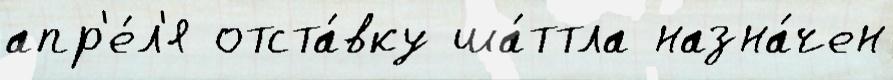
апр'е́л'я отста́вку ша́ттла назна́чен